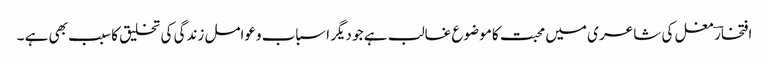
افتخارؔ مغل کی شاعر ی میں محبت کا موضوع غالب ہے جو دیگر اسباب وعوامل زندگی کی تخلیق کا سبب بھی ہے ۔